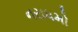
નરાધમો